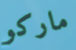
ماركو